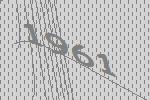
1961